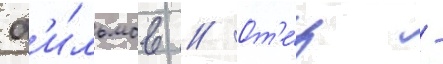
ф'и́льмов // От'е́ц -